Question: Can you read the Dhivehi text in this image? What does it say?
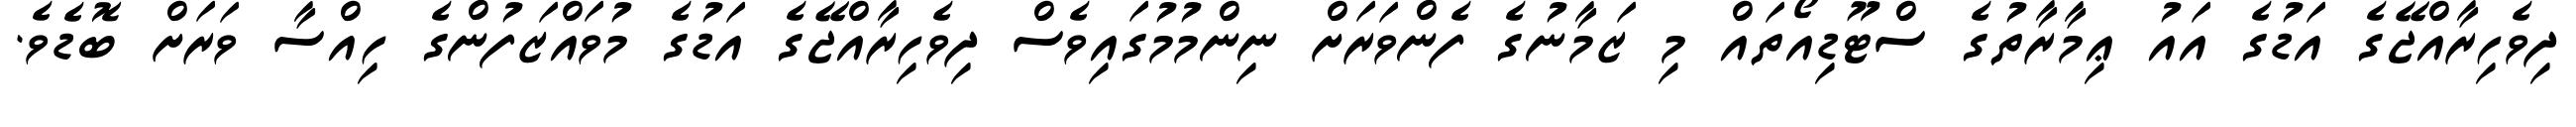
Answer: ދިވެހިރާއްޖޭގެ އަޑުގެ އައު ޢިމާރާތުގެ ސްޓޫޑިއޯތައް މި ޒަމާނުގެ ފެންވަރަށް ނިންމުމުގައިވެސް ދިވެހިރާއްޖޭގެ އަޑުގެ މުވައްޒަފުންގެ ހިއްސާ ވަރަށް ބޮޑެވެ.